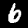
Label: 6